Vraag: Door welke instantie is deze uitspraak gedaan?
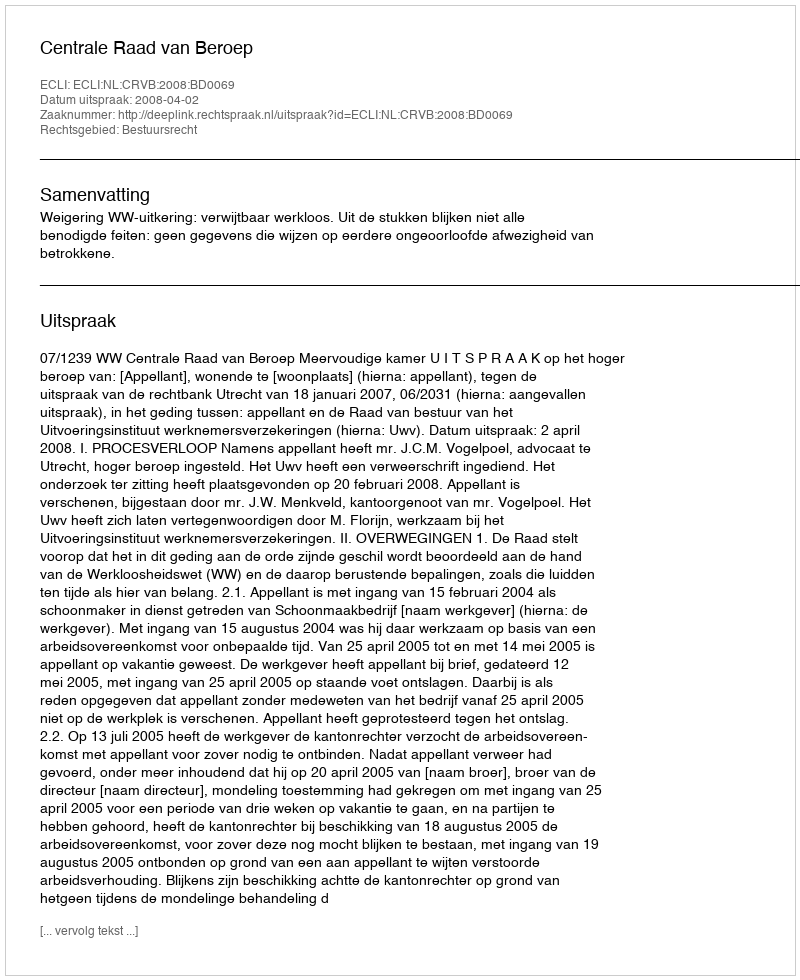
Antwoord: Centrale Raad van Beroep